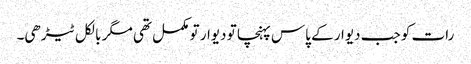
رات کو جب دیوار کے پاس پہنچا تو دیوار تو مکمل تھی مگر بالکل ٹیڑھی۔